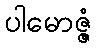
ပါမောဇ္ဇံ